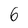
Character: 6